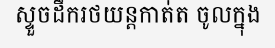
ស្ទួចដឹករថយន្តកាត់ត ចូលក្នុង